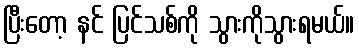
ပြီးတော့ နင် ပြင်သစ်ကို သွားကိုသွားရမယ်။